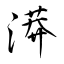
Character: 漭